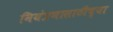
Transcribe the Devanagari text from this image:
नियंत्रणासाठीच्या